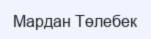
Мардан Төлебек